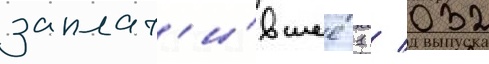
заплат'и́вшее 1 / 032